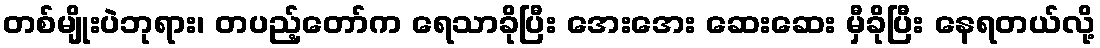
တစ်မျိုးပဲဘုရား၊ တပည့်တော်က ရေသာခိုပြီး အေးအေး ဆေးဆေး မှီခိုပြီး နေရတယ်လို့